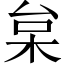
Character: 枲